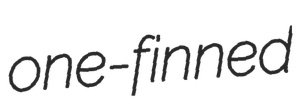
one-finned